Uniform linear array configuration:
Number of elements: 48
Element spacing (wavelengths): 0.5
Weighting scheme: kaiser
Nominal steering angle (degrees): -45
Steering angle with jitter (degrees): -45.326
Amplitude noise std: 0.05
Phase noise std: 0.05

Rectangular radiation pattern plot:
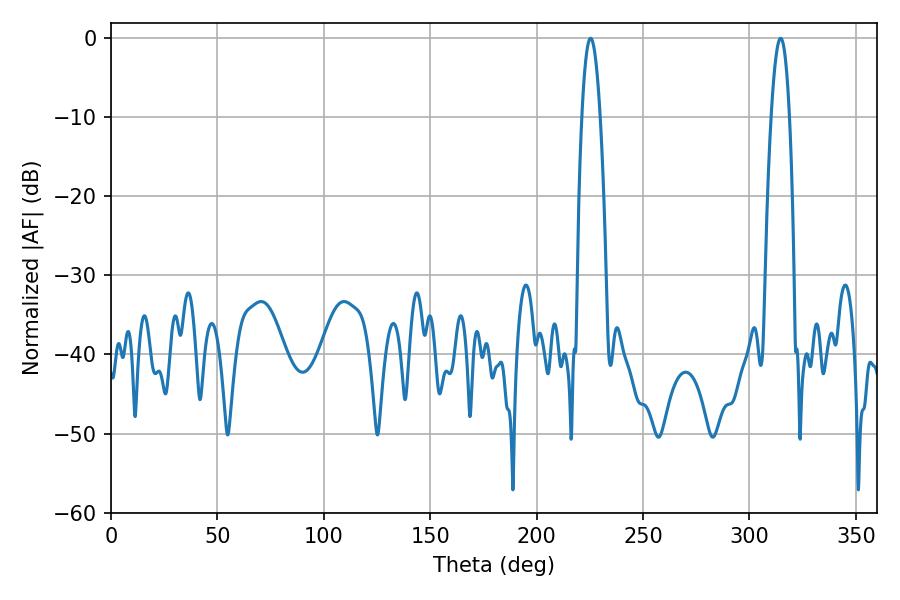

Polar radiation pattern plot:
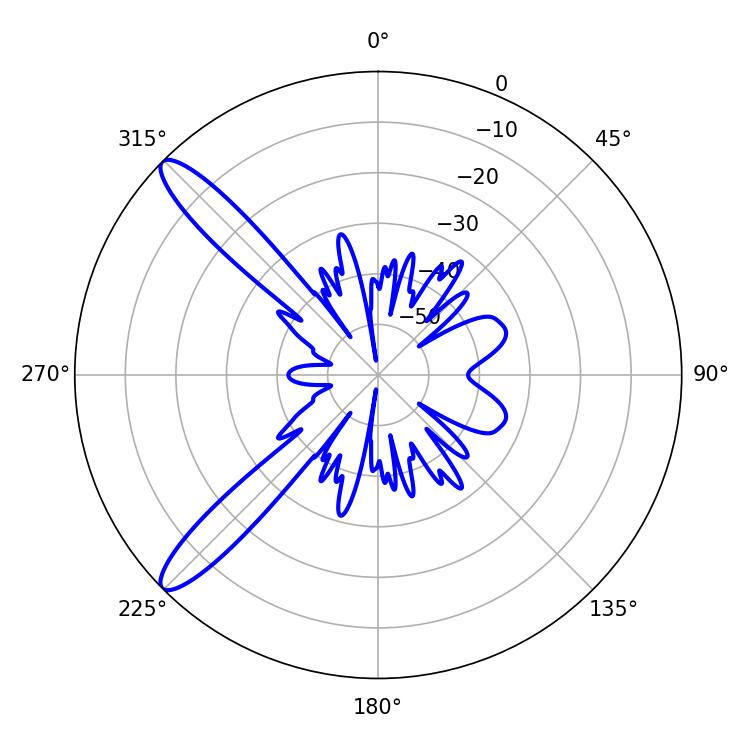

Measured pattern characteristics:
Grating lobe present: FALSE
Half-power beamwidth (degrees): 4.68
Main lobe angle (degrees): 225.36